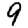
Digit: 9